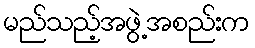
မည်သည့်အဖွဲ့အစည်းက